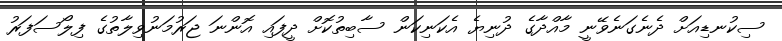
ސިކުނޑިއަށް ދެނެގަނެވޭނީ މާއްދާގެ ދުނިޔެ އެކަނިކަން ސާބިތުކޮށް ދީފައި އޮންނަ ޖަރުމަނުވިލާތުގެ ފިލޯސަފަރު